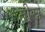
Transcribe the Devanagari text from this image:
तीस्रे